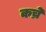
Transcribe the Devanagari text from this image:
कच्रे